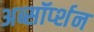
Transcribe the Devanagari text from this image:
अब्सॉर्प्शन